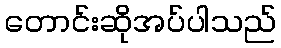
တောင်းဆိုအပ်ပါသည်